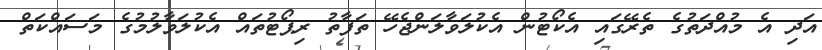
އަދި އެ މުއްދަތުގެ ތެރޭގައި އެކޯޓުން އެކުލަވާލަންޖެހޭ ތަފާތު ރިޕޯޓުތައް އެކުލަވާލުމުގެ މަސައްކަތް